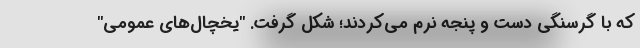
که با گرسنگی دست و پنجه نرم می‌کردند؛ شکل گرفت. "یخچال‌های عمومی"